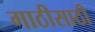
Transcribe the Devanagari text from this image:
गाठीसाठी